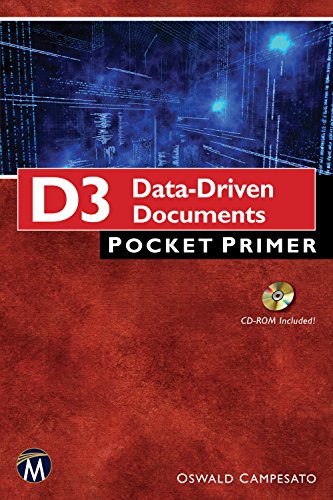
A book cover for D3: Data Driven Documents (Pocket Primer); Oswald Campesato; Computers & Technology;